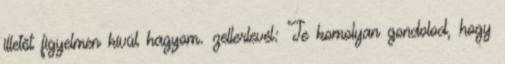
illetőt figyelmen kívül hagyom. zellerlevél: Te komolyan gondolod, hogy